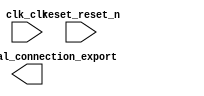

module system (
	clk_clk,
	reset_reset_n,
	led_external_connection_export);	

	input		clk_clk;
	input		reset_reset_n;
	output	[31:0]	led_external_connection_export;
endmodule